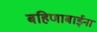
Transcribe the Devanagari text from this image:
बहिणाबाईना